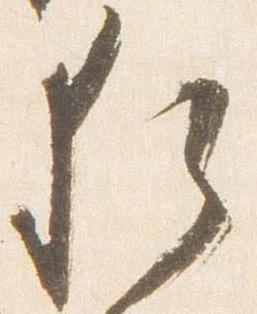
猶